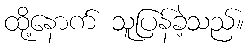
ထို့နောက် သူပြန်ခဲ့သည်။